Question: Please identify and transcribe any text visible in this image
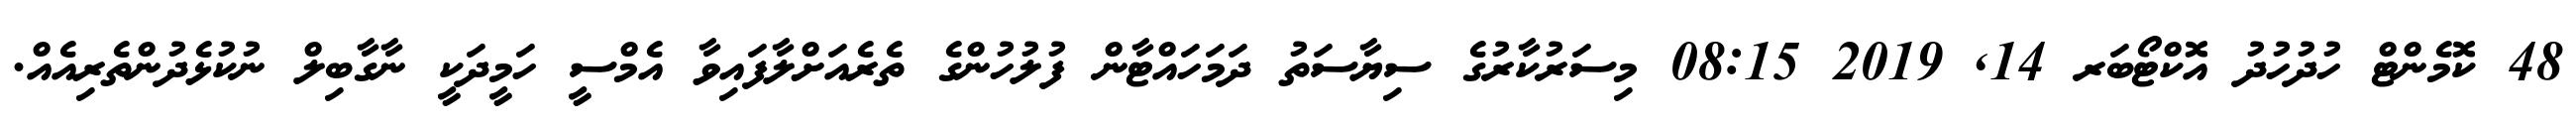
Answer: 48 ކޮމެންޓް ހުދުހުދު އޮކްޓޯބަރ 14, 2019 08:15 މިސަރުކާރުގެ ސިޔާސަތު ދަމަހައްޓާން ފުލުހުންގެ ތެރެއަށްލާފައިވާ އެމްސީ ހަމީދަކީ ނާގާބިލް ނުކުޅެދުންތެރިއެއް.